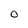
Character: O